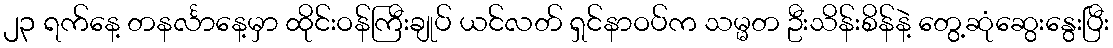
၂၃ ရက်နေ့ တနင်္လာနေ့မှာ ထိုင်းဝန်ကြီးချုပ် ယင်လတ် ရှင်နာဝပ်က သမ္မတ ဦးသိန်းစိန်နဲ့ တွေ့ဆုံဆွေးနွေးပြီး